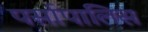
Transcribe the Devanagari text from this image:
पर्सापालिस